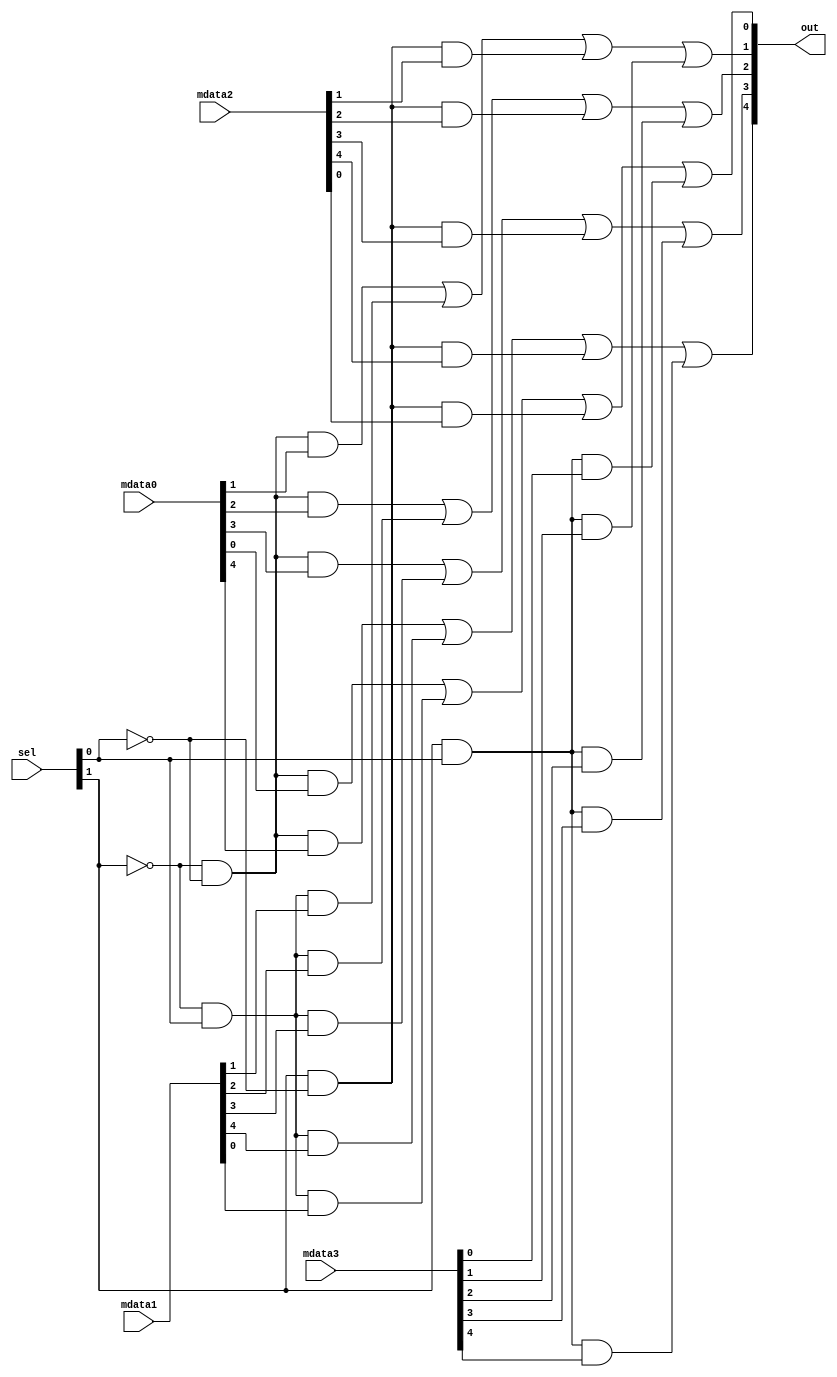
module mux_4to1_5(sel,out,mdata0,mdata1,mdata2,mdata3);
	input [4:0] mdata0,mdata1,mdata2,mdata3;
	input [1:0] sel;
	output [4:0] out;
	
	wire ns0, ns1;
	
	not _n0(ns0, sel[0]);
	not _n1(ns1, sel[1]);
	
	genvar c;
	generate
		for (c = 0; c <= 4; c = c + 1) begin: loop1
			wire t0,t1,t2,t3;
			and _and00(t0,ns1,ns0,mdata0[c]);
			and _and01(t1,ns1,sel[0],mdata1[c]);
			and _and10(t2,sel[1],ns0,mdata2[c]);
			and _and11(t3,sel[1],sel[0],mdata3[c]);
			
			or _or(out[c],t0,t1,t2,t3);
		end
	endgenerate
	
endmodule